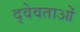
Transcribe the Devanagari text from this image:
द्वेवताओं